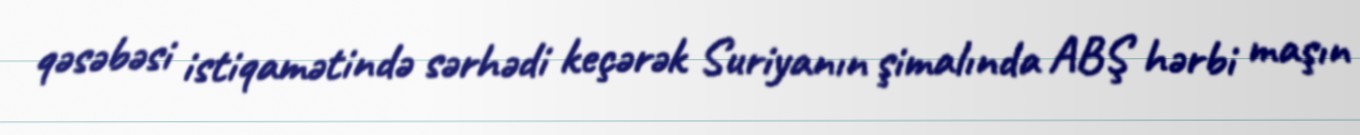
qəsəbəsi istiqamətində sərhədi keçərək Suriyanın şimalında ABŞ hərbi maşın